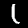
Label: 1